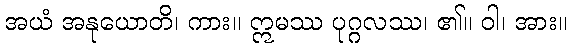
အယံ အနုယောတိ၊ ကား။ ဣမဿ ပုဂ္ဂလဿ၊ ၏။ ဝါ၊ အား။